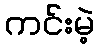
ကင်းမဲ့